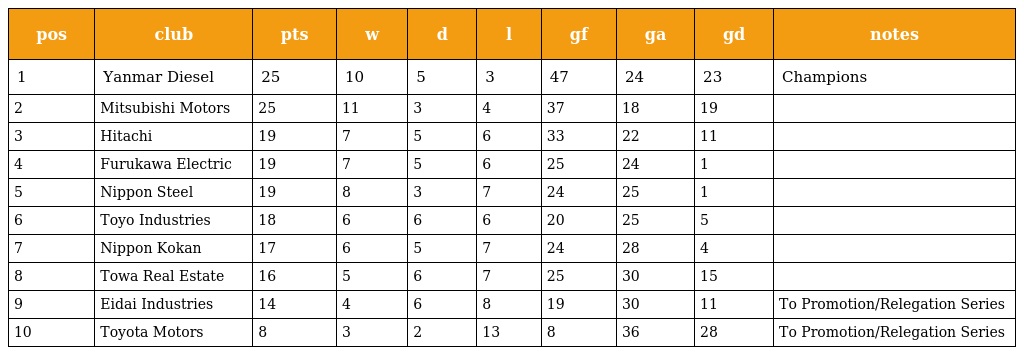
| pos | club | pts | w | d | l | gf | ga | gd | notes |
 | --- | --- | --- | --- | --- | --- | --- | --- | --- | --- |
 | 1 | Yanmar Diesel | 25 | 10 | 5 | 3 | 47 | 24 | ＋23 | Champions |
 | 2 | Mitsubishi Motors | 25 | 11 | 3 | 4 | 37 | 18 | ＋19 |  |
 | 3 | Hitachi | 19 | 7 | 5 | 6 | 33 | 22 | ＋11 |  |
 | 4 | Furukawa Electric | 19 | 7 | 5 | 6 | 25 | 24 | ＋1 |  |
 | 5 | Nippon Steel | 19 | 8 | 3 | 7 | 24 | 25 | －1 |  |
 | 6 | Toyo Industries | 18 | 6 | 6 | 6 | 20 | 25 | －5 |  |
 | 7 | Nippon Kokan | 17 | 6 | 5 | 7 | 24 | 28 | －4 |  |
 | 8 | Towa Real Estate | 16 | 5 | 6 | 7 | 25 | 30 | －15 |  |
 | 9 | Eidai Industries | 14 | 4 | 6 | 8 | 19 | 30 | －11 | To Promotion/Relegation Series |
 | 10 | Toyota Motors | 8 | 3 | 2 | 13 | 8 | 36 | －28 | To Promotion/Relegation Series |